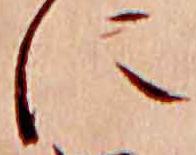
に